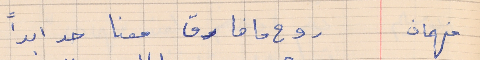
فهمان   روح ما فارق معنا حد ابداً